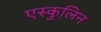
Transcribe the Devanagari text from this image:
एस्कुलिन